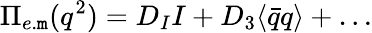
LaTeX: \Pi_{e.\mathtt{m}}(q^{2})=D_{I}I+D_{3}\langle\bar{{q}}q\rangle+\dots